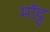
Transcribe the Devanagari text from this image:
मॉट्ट